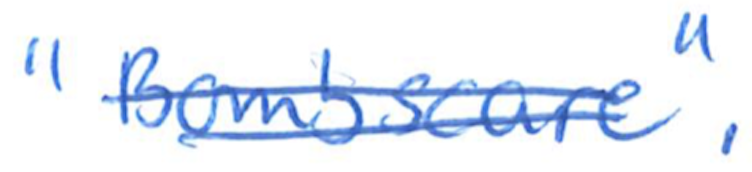
Text: "Bombscare".
Cross-out: double-line
Writing tool: ballpoint